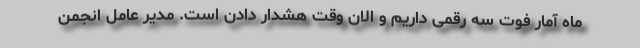
ماه آمار فوت سه رقمی داریم و الان وقت هشدار دادن است. مدیر عامل انجمن